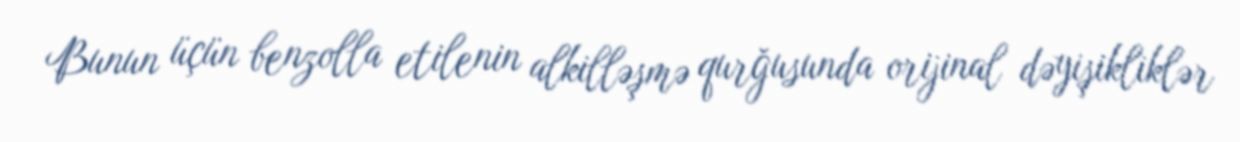
Bunun üçün benzolla etilenin alkilləşmə qurğusunda orijinal dəyişikliklər